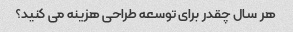
هر سال چقدر برای توسعه طراحی هزینه می کنید؟